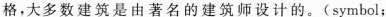
格，大多数建筑是由著名的建筑师设计的。(symbol;